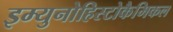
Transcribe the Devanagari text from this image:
इम्युनोहिस्टोकैमिकल